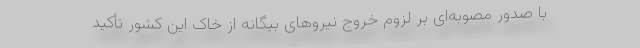
با صدور مصوبه‌ای بر لزوم خروج نیروهای بیگانه از خاک این کشور تأکید